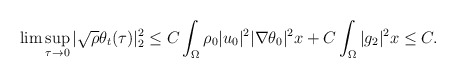
\begin{align*}\lim \sup_{\tau\rightarrow 0}|\sqrt{\rho}\theta_t(\tau)|^2_2 \leq C\int_{\Omega} \rho_0 |u_0|^2|\nabla \theta_0|^2x+C\int_{\Omega} |g_2|^2x\leq C.\end{align*}